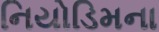
નિયોડિમના